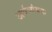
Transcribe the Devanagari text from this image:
अर्धत्र्यंबक